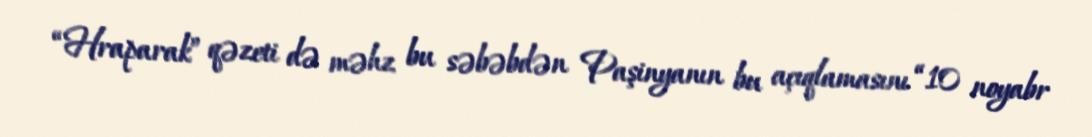
“Hraparak” qəzeti də məhz bu səbəbdən Paşinyanın bu açıqlamasını “10 noyabr